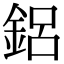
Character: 鋁